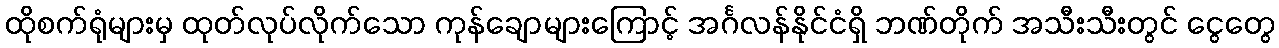
ထိုစက်ရုံများမှ ထုတ်လုပ်လိုက်သော ကုန်ချောများကြောင့် အင်္ဂလန်နိုင်ငံရှိ ဘဏ်တိုက် အသီးသီးတွင် ငွေတွေ